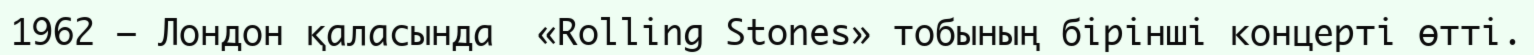
1962 — Лондон қаласында  «Rolling Stones» тобының бiрiншi концертi өттi.